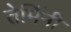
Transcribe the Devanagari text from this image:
तेर्मिनी